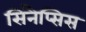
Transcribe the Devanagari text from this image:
सिनैप्सिस